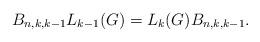
LaTeX: \begin{align*} B_{n,k,k-1} L_{k-1}(G)= L_k(G) B_{n,k,k-1}.\end{align*}